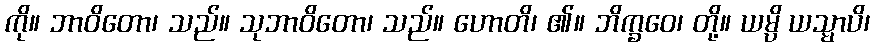
ကို။ ဘာဝိတော၊ သည်။ သုဘာဝိတော၊ သည်။ ဟောတိ၊ ၏။ ဘိက္ခဝေ၊ တို့။ ယမ္ပိ ယသ္မာပိ၊